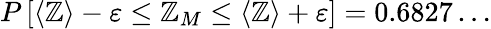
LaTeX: P\left[\langle\mathbb{Z}\rangle-\varepsilon\le\mathbb{Z}_{M}\le\langle\mathbb{Z}\rangle+\varepsilon\right]=0.6827\dots